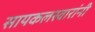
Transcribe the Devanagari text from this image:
सायकलस्वारांनी